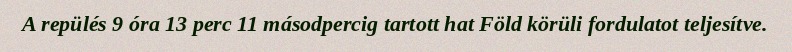
A repülés 9 óra 13 perc 11 másodpercig tartott hat Föld körüli fordulatot teljesítve.